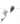
هي